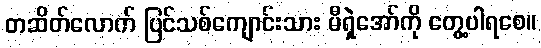
တဆိတ်လောက် ပြင်သစ်ကျောင်းသား မီရှဲအော်ကို တွေ့ပါရစေ။